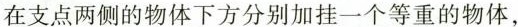
在支点两侧的物体下方分别加挂一个等重的物体，